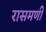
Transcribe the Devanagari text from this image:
रासमणी